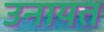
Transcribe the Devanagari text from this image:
उनायत